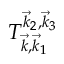
T _ { \vec { k } , \vec { k } _ { 1 } } ^ { \vec { k } _ { 2 } , \vec { k } _ { 3 } }